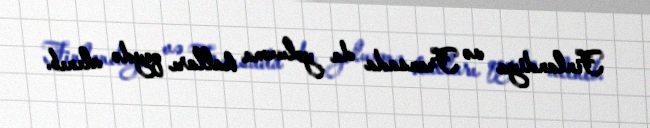
Finlandiya və Fransada da yoluxma halları qeydə alınıb.